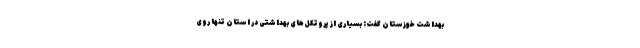
بهداشت خوزستان گفت: بسیاری از پروتکل‌های بهداشتی در استان تنها روی